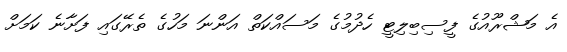
އެ މަޝްރޫއުގެ ފީސިބިލިޓީ ހެދުމުގެ މަސައްކަތް އަންނަ މަހުގެ ތެރޭގައި ފަށާނެ ކަމަށް